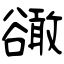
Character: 豃